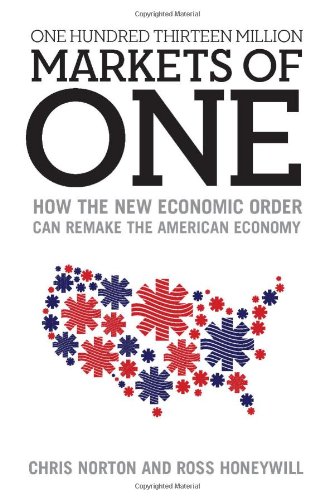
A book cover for One Hundred Thirteen Million Markets of One - How The New Economic Order Can Remake The American Economy; Chris Norton; Business & Money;